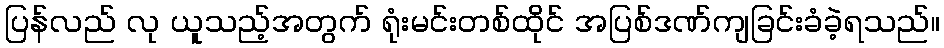
ပြန်လည် လု ယူသည့်အတွက် ရုံးမင်းတစ်ထိုင် အပြစ်ဒဏ်ကျခြင်းခံခဲ့ရသည်။